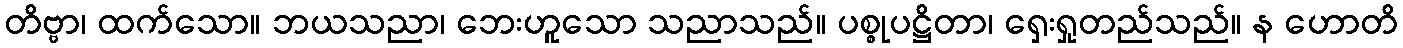
တိဗ္ဗာ၊ ထက်သော။ ဘယသညာ၊ ဘေးဟူသော သညာသည်။ ပစ္စုပဋ္ဌိတာ၊ ရှေးရှုတည်သည်။ န ဟောတိ